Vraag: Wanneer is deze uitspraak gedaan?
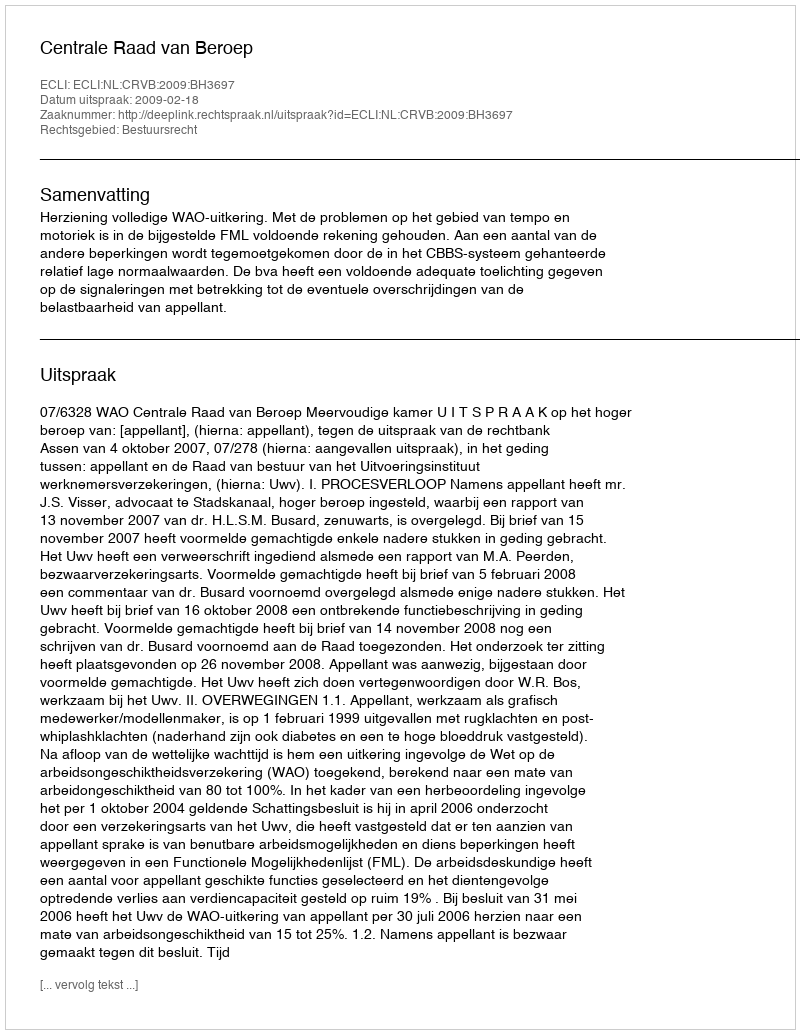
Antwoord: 2009-02-18